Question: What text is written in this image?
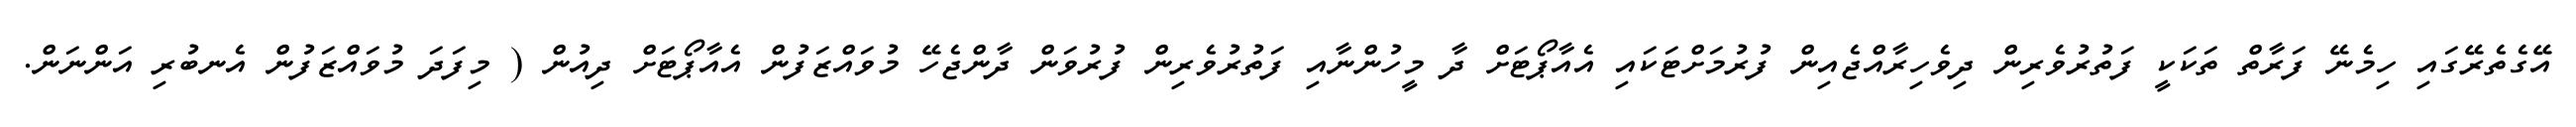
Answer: އޭގެތެރޭގައި ހިމެނޭ ފަރާތް ތަކަކީ ފަތުރުވެރިން ދިވެހިރާއްޖެއިން ފުރުމަށްޓަކައި އެއާޕޯޓަށް ދާ މީހުންނާއި ފަތުރުވެރިން ފުރުވަން ދާންޖެހޭ މުވައްޒަފުން އެއާޕޯޓަށް ދިއުން ( މިފަދަ މުވައްޒަފުން އެނބުރި އަންނަން.